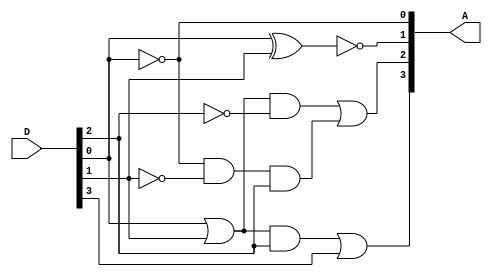
module BCDToExcess(A, D);
	output[3:0] A;
	input[3:0] D;

	not n0(A[0], D[0]);
	xnor x0(A[1], D[0], D[1]);
	
	or or0(a, D[0], D[1]);
	not n1(d2not, D[2]);
	and a0(b, a, d2not);

	not n2(d1not, D[1]);
	and a1(d, A[0], d1not, D[2]);
	or or1(A[2], b, d);

	or or2(e, D[0], D[1]);
	and a2(f, e, D[2]);
	or(A[3], f, D[3]);
endmodule